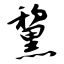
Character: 黧